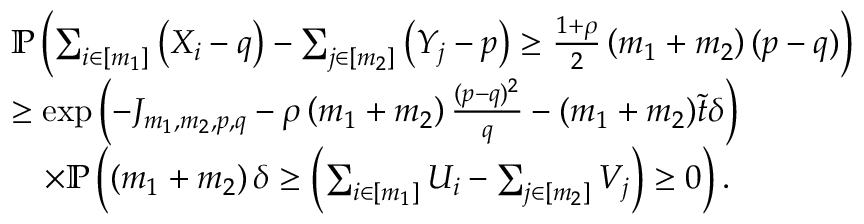
\begin{array} { r l } & { \mathbb { P } \left( \sum _ { i \in [ m _ { 1 } ] } \left( X _ { i } - q \right) - \sum _ { j \in [ m _ { 2 } ] } \left( Y _ { j } - p \right) \geq \frac { 1 + \rho } { 2 } \left( m _ { 1 } + m _ { 2 } \right) ( p - q ) \right) } \\ & { \geq \exp \left( - J _ { m _ { 1 } , m _ { 2 } , p , q } - \rho \left( m _ { 1 } + m _ { 2 } \right) \frac { ( p - q ) ^ { 2 } } { q } - ( m _ { 1 } + m _ { 2 } ) \tilde { t } \delta \right) } \\ & { \quad \times \mathbb { P } \left( \left( m _ { 1 } + m _ { 2 } \right) \delta \geq \left( \sum _ { i \in [ m _ { 1 } ] } U _ { i } - \sum _ { j \in [ m _ { 2 } ] } V _ { j } \right) \geq 0 \right) . } \end{array}